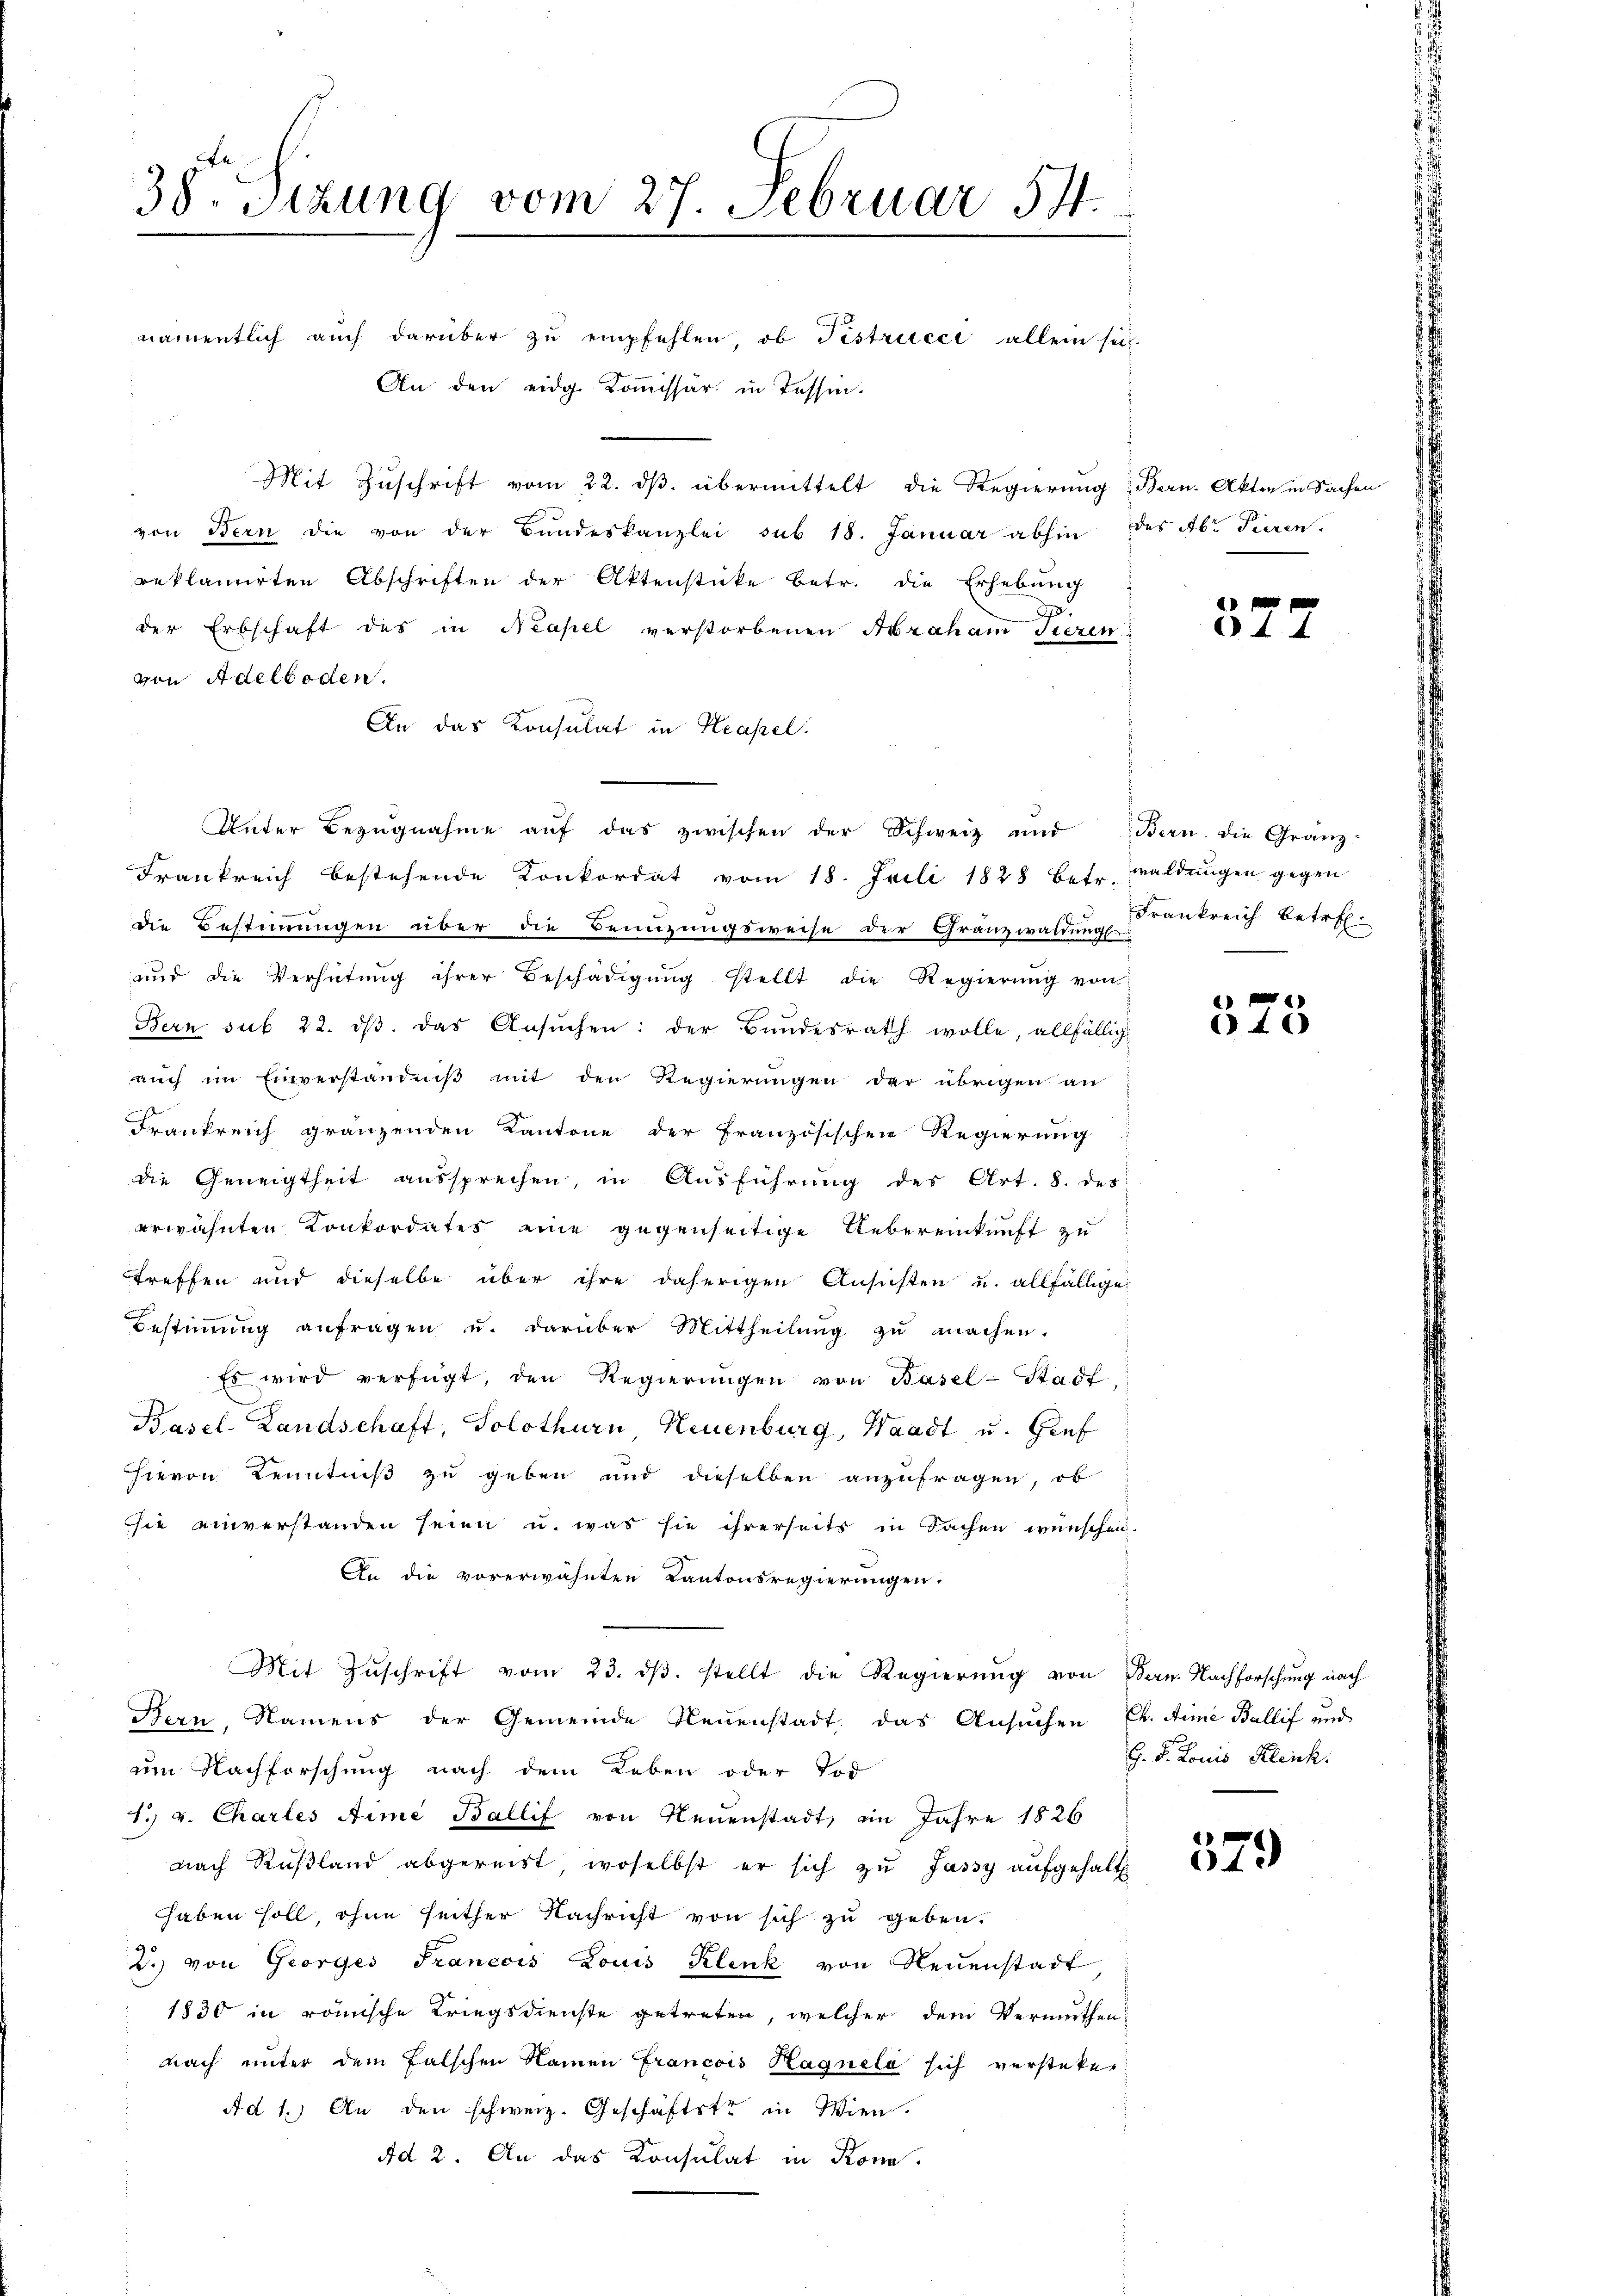
38. Sitzung vom 27. Februar 54.

namentlich auch darüber zu empfehlen, ob Fistrucci allein sei.
An den eidg. Koṁissär in Tessin.
Mit Zuschrift vom 22. ds. übermittelt die Regierung Bern. Akten in Sachen
von Bern die von der Bundeskanzlei sub 18. Januar abhin des Ab. Tieren.
reklamirten Abschriften der Aktenstücke betr. die Erhebung
der Erbschaft des in Neapel verstorbenen Abraham Tieren
von Adelboden.
An das Konsulat in Neapel.
Frankreich bestehende Konkordat vom 18. Juli 1828 betr. Waldungen gegen
die Bestimmungen über die Benuzungsweise der Gränzwaldung
and die Verhütung ihrer Beschädigŭng stellt die Regierŭng von
Bern sub 22. dβ. das Ansŭchen: der Bŭndesrath wolle, allfällig
auch im Einverständniß mit den Regierungen der übrigen an
Frankreich gränzenden Kantone der französischen Regierung
die Geneigtheit aussprechen, in Ausführung des Art. 8. des
erwähnten Konkordates eine gegenseitige Uebereinkunft zu
treffen und dieselbe über ihre daherigen Ansichten u. allfällige
Bestimmung anfragen u. darüber Mittheilŭng zŭ machen.
Es wird verfügt, den Regierŭngen von Basel-Stadt
Basel-Landschaft, Solothurn Neuenburg, Waadt u. Hief
hievon Kenntniß zu geben und dieselben anzufragen, ob
sie einverstanden seien u. was sie ihrerseits in Sachen wünschen.
An die vorerwähnten Kantonsregierungen.
Mit Zŭschrift vom 23. dβ. stellt die Regierung von Bern. Nachforschung nach
Bern, Namens der Gemeinde Neuenstadt, das Ansŭchen Ch. Arme Ballif und
am Nachforschung nach dem Leben oder Tod
1. v. Chartes Aime Ballif von Neuenstadt, im Jahre 1826
nach Rußland abgereist, woselbst er sich zu Jassy aufgehalt
haben soll, ohne seither Nachricht von sich zu geben.
2.) von Georges Francois Louis Klenk von Neuenstadt
1830 in römische Kriegsdienste getreten, welcher dem Vermuthen
nach unter dem Falschen Namen Francois Hagnela sich versteke
Ad 1.) An den schweiz. Geschäftste in Wien
Ad 2. An das Konsulat in Konn.

Unter Bezŭgnahme aŭf das zwischen der Schweiz und Bern. Die Granz-

377

Frankreich betr.

40

H. F. Louis Kleich

579